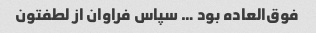
فوق‌العاده بود … سپاس فراوان از لطفتون